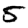
Digit: 5